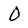
Character: 0